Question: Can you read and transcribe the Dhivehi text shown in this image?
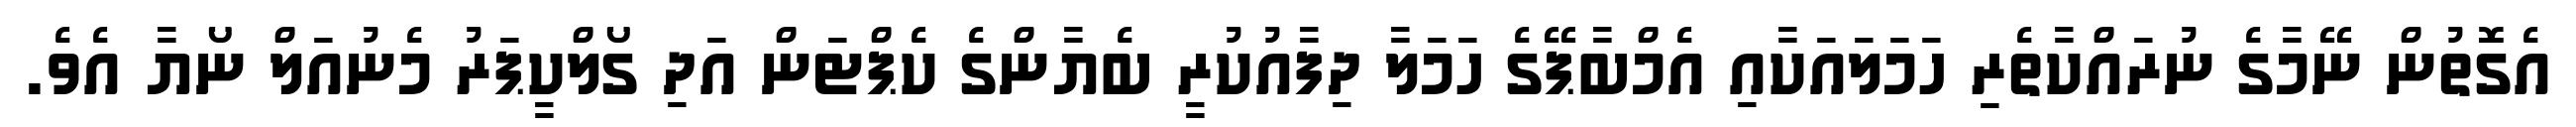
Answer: އެގޮތުން ނޭމާގެ ނުރައްކާތެރި ހަމަލައަކާއި އެމްބާޕޭގެ ހަމަލާ ދިފާއުކުރީ ބެޔާންގެ ކެޕްޓަން އަދި ގޯލްކީޕަރު މެނުއަލް ނޯޔާ އެވެ.